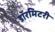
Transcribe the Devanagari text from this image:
डॉरमिटरी